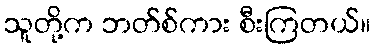
သူတို့က ဘတ်စ်ကား စီးကြတယ်။